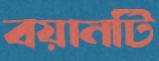
বয়ানটি